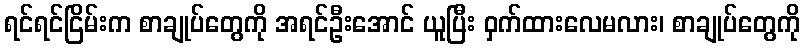
ရင်ရင်ငြိမ်းက စာချုပ်တွေကို အရင်ဦးအောင် ယူပြီး ဝှက်ထားလေမလား၊ စာချုပ်တွေကို